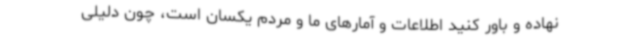
نهاده و باور کنید اطلاعات و آمارهای ما و مردم یکسان است، چون دلیلی